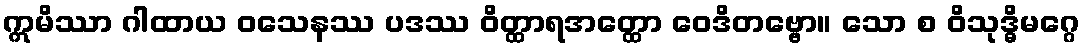
ဣမိဿာ ဂါထာယ ဝသေနဿ ပဒဿ ဝိတ္ထာရအတ္ထော ဝေဒိတဗ္ဗော။ သော စ ဝိသုဒ္ဓိမဂ္ဂေ